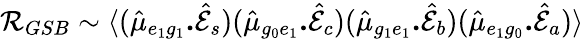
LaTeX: \mathcal{R}_{GSB}\sim\langle(\hat{\mu}_{e_{1}g_{1}}\textbf{.}\hat{\mathcal{E}}_{s})(\hat{\mu}_{g_{0}e_{1}}\textbf{.}\hat{\mathcal{E}}_{c})(\hat{\mu}_{g_{1}e_{1}}\textbf{.}\hat{\mathcal{E}}_{b})(\hat{\mu}_{e_{1}g_{0}}\textbf{.}\hat{\mathcal{E}}_{a})\rangle